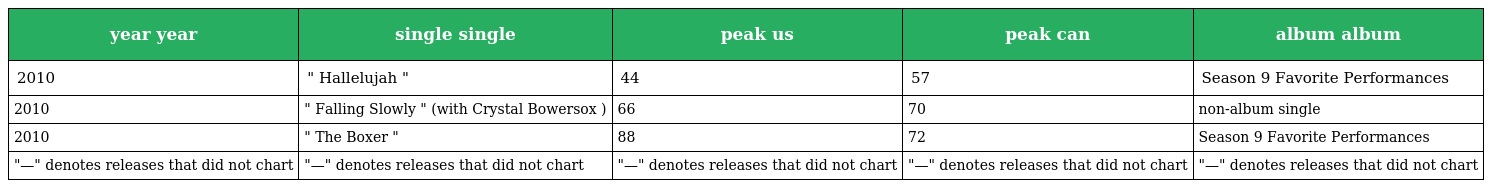
| year year | single single | peak us | peak can | album album |
 | --- | --- | --- | --- | --- |
 | 2010 | " Hallelujah " | 44 | 57 | Season 9 Favorite Performances |
 | 2010 | " Falling Slowly " (with Crystal Bowersox ) | 66 | 70 | non-album single |
 | 2010 | " The Boxer " | 88 | 72 | Season 9 Favorite Performances |
 | "—" denotes releases that did not chart | "—" denotes releases that did not chart | "—" denotes releases that did not chart | "—" denotes releases that did not chart | "—" denotes releases that did not chart |